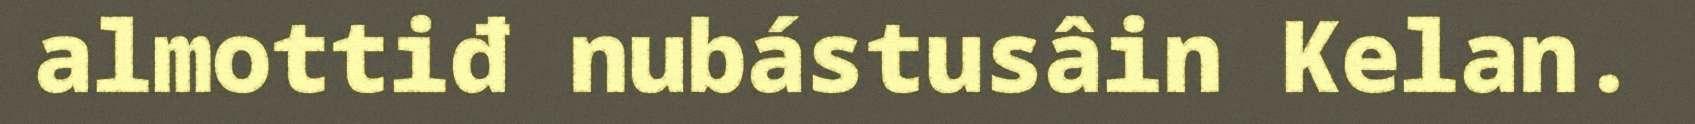
almottiđ nubástusâin Kelan.